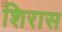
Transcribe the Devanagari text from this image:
शिरास